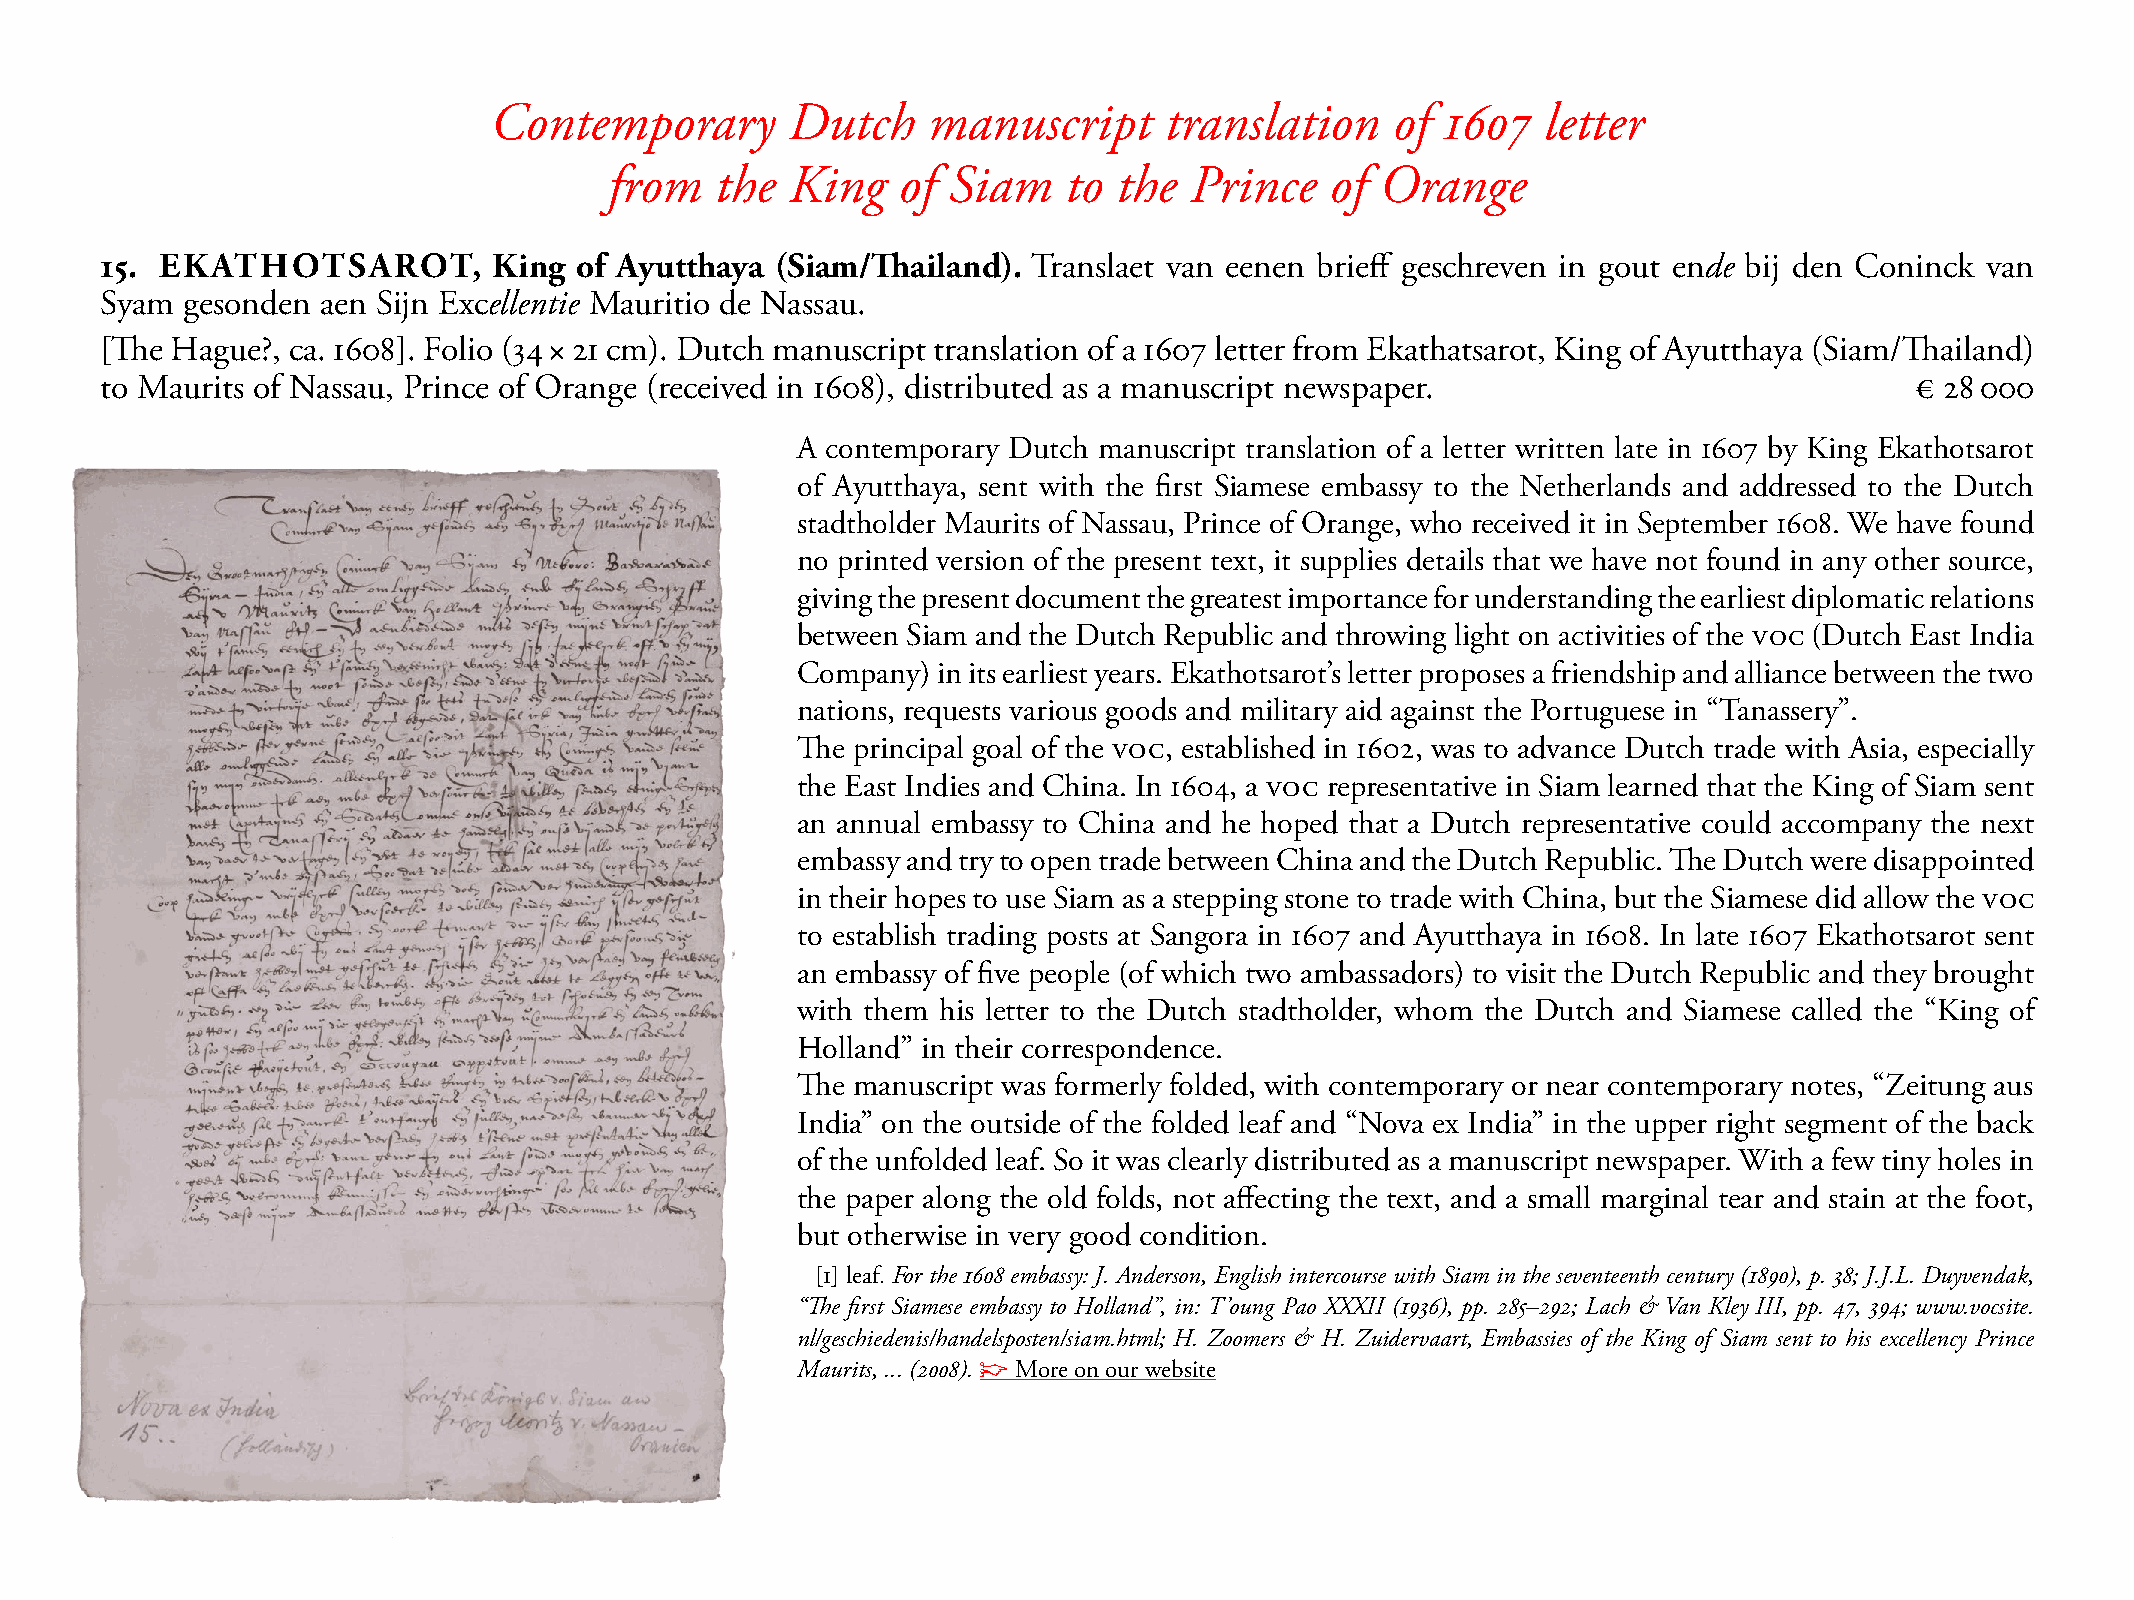
Contemporary        Dutch    manuscript      translation    of 1607   letter
 from   the  King   of  Siam    to the  Prince   of Orange
 15. EKATHOTSAROT,         King of Ayutthaya (Siam/Thailand). Translaet van eenen brieff geschreven in gout ende bij den Coninck van
 syam gesonden aen sijn Excellentie mauritio de Nassau.
 [The Hague?, ca. 1608]. Folio (34 × 21 cm). Dutch manuscript translation of a 1607 letter from Ekathatsarot, King of Ayutthaya (siam/Thailand)
 to maurits of Nassau, Prince of Orange (received in 1608), distributed as a manuscript newspaper.                       € 28 000
 A contemporary Dutch manuscript translation of a letter written late in 1607 by King Ekathotsarot
 of Ayutthaya, sent with the first siamese embassy to the Netherlands and addressed to the Dutch
 stadtholder maurits of Nassau, Prince of Orange, who received it in september 1608. We have found
 no printed version of the present text, it supplies details that we have not found in any other source,
 giving the present document the greatest importance for understanding the earliest diplomatic relations
 between siam and the Dutch Republic and throwing light on activities of the VOC (Dutch East India
 Company) in its earliest years. Ekathotsarot’s letter proposes a friendship and alliance between the two
 nations, requests various goods and military aid against the Portuguese in “Tanassery”.
 The principal goal of the VOC, established in 1602, was to advance Dutch trade with Asia, especially
 the East Indies and China. In 1604, a VOC representative in siam learned that the King of siam sent
 an annual embassy to China and he hoped that a Dutch representative could accompany the next
 embassy and try to open trade between China and the Dutch Republic. The Dutch were disappointed
 in their hopes to use siam as a stepping stone to trade with China, but the siamese did allow the VOC
 to establish trading posts at sangora in 1607 and Ayutthaya in 1608. In late 1607 Ekathotsarot sent
 an embassy of five people (of which two ambassadors) to visit the Dutch Republic and they brought
 with them his letter to the Dutch stadtholder, whom the Dutch and siamese called the “King of
 Holland” in their correspondence.
 The manuscript was formerly folded, with contemporary or near contemporary notes, “Zeitung aus
 India” on the outside of the folded leaf and “Nova ex India” in the upper right segment of the back
 of the unfolded leaf. so it was clearly distributed as a manuscript newspaper. With a few tiny holes in
 the paper along the old folds, not affecting the text, and a small marginal tear and stain at the foot,
 but otherwise in very good condition.
 [1] leaf. For the 1608 embassy: J. Anderson, English intercourse with Siam in the seventeenth century (1890), p. 38; J.J.L. Duyvendak,
 “The first Siamese embassy to Holland”, in: T’oung Pao XXXII (1936), pp. 285–292; Lach & Van Kley III, pp. 47, 394; www.vocsite.
 nl/geschiedenis/handelsposten/siam.html; H. Zoomers & H. Zuidervaart, Embassies of the King of Siam sent to his excellency Prince
 Maurits, ... (2008). ☞ more on our website